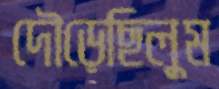
দৌড়েছিলুম